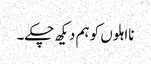
نااہلوں کو ہم دیکھ چکے۔